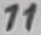
Text: 11